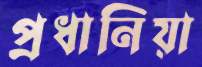
প্রধানিয়া